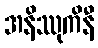
အနိဿုကိနီ